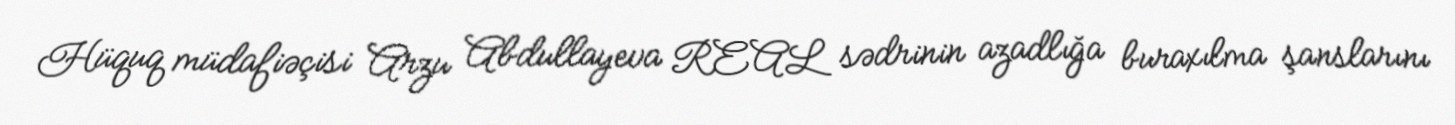
Hüquq müdafiəçisi Arzu Abdullayeva REAL sədrinin azadlığa buraxılma şanslarını